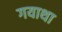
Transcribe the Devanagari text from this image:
गयाथा